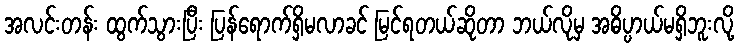
အလင်းတန်း ထွက်သွားပြီး ပြန်ရောက်ရှိမလာခင် မြင်ရတယ်ဆိုတာ ဘယ်လိုမှ အဓိပ္ပာယ်မရှိဘူးလို့